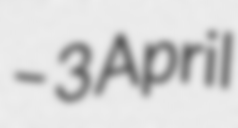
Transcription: – 3 April